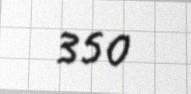
350